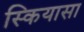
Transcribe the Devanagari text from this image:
स्कियासा